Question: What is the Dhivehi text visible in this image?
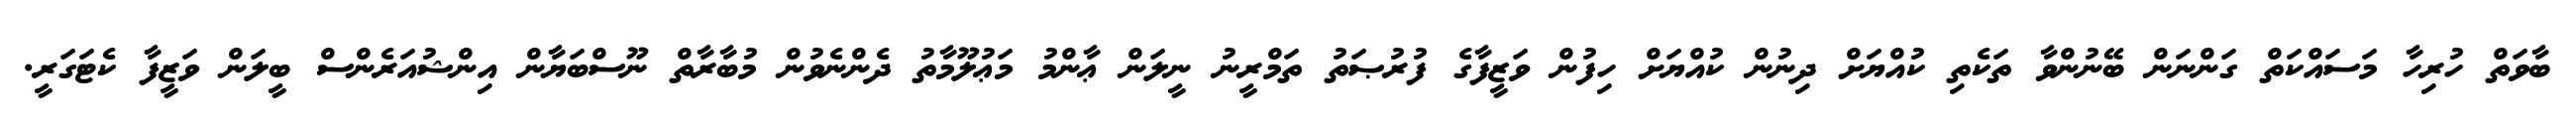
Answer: ބާވަތް ހުރިހާ މަސައްކަތް ގަންނަން ބޭނުންވާ ތަކެތި ކުއްޔަށް ދިނުން ކުއްޔަށް ހިފުން ވަޒީފާގެ ފުރުޞަތު ތަމްރީނު ނީލަން ޢާންމު މަޢުލޫމާތު ދެންނެވުން މުބާރާތް ނޫސްބަޔާން އިންޝުއަރެންސް ބީލަން ވަޒީފާ ކެޓަގަރީ.